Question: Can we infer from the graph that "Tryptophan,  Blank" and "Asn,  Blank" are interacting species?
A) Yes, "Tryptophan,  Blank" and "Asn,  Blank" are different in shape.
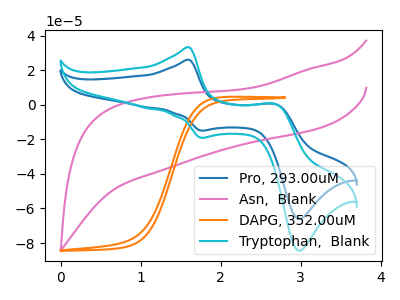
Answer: <think>The blue curve "Pro, 293.00uM" has anodic peaks at (1.60V, 26.00uA) (2.70V, 0.30uA) and cathodic peaks at (1.75V, -14.95uA) (3.00V, -66.00uA). The pink curve "Asn,  Blank" has no peaks. The orange curve "DAPG, 352.00uM" has no peaks. The cyan curve "Tryptophan,  Blank" has anodic peaks at (1.60V, 33.25uA) (2.70V, 0.40uA) and cathodic peaks at (1.75V, -19.10uA) (3.00V, -84.35uA).
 "Tryptophan,  Blank" and "Asn,  Blank" have a different number of peaks.</think>
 <answer>A) Yes, "Tryptophan,  Blank" and "Asn,  Blank" are different in shape.</answer>
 <eval>A</eval>